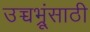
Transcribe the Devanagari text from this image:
उच्चभ्रूंसाठी